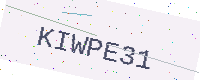
Text: KIWPE31